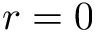
r = 0